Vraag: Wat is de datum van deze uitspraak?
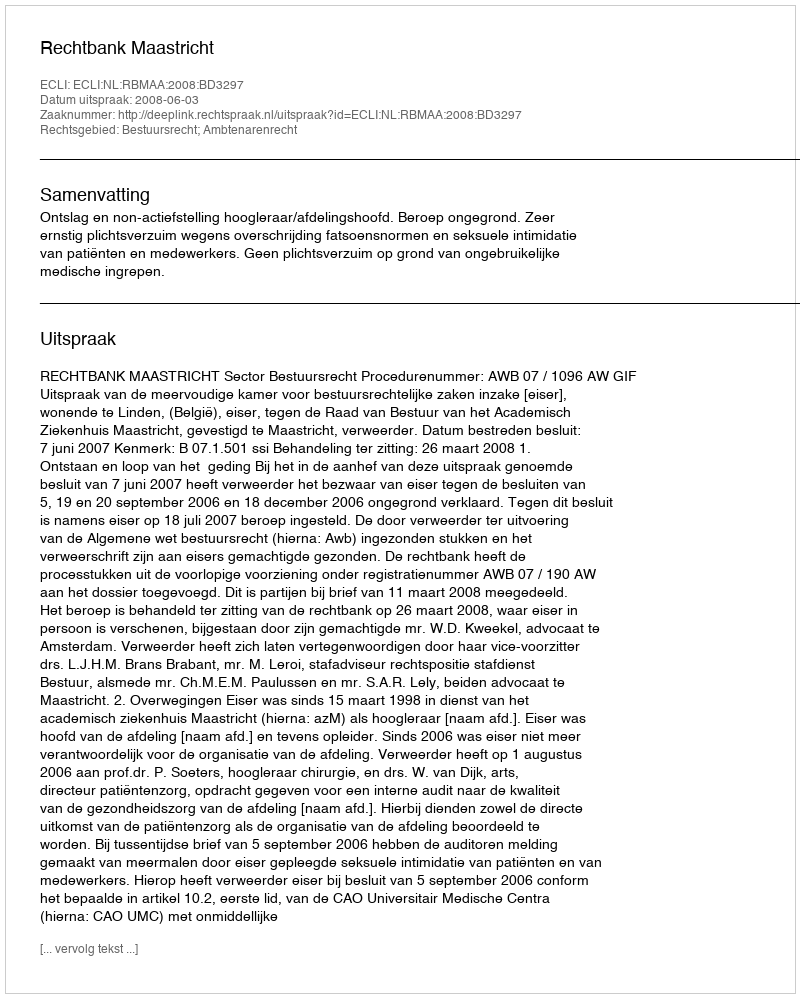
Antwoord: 2008-06-03